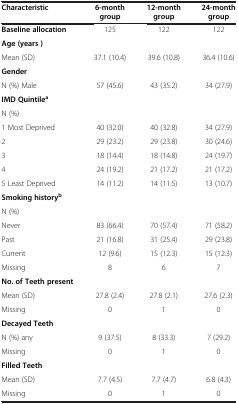
<table><thead><tr><td><b>Characteristic</b></td><td><b>6-month group</b></td><td><b>12-month group</b></td><td><b>24-month group</b></td></tr></thead><tbody><tr><td><b>Baseline allocation</b></td><td>125</td><td>122</td><td>122</td></tr><tr><td><b>Age (years )</b></td><td> </td><td> </td><td> </td></tr><tr><td>Mean (SD)</td><td>37.1 (10.4)</td><td>39.6 (10.8)</td><td>36.4 (10.6)</td></tr><tr><td><b>Gender</b></td><td> </td><td> </td><td> </td></tr><tr><td>N (%) Male</td><td>57 (45.6)</td><td>43 (35.2)</td><td>34 (27.9)</td></tr><tr><td><b>IMD Quintile</b><sup><b>a</b></sup></td><td> </td><td> </td><td> </td></tr><tr><td>N (%)</td><td> </td><td> </td><td> </td></tr><tr><td>1 Most Deprived</td><td>40 (32.0)</td><td>40 (32.8)</td><td>34 (27.9)</td></tr><tr><td>2</td><td>29 (23.2)</td><td>29 (23.8)</td><td>30 (24.6)</td></tr><tr><td>3</td><td>18 (14.4)</td><td>18 (14.8)</td><td>24 (19.7)</td></tr><tr><td>4</td><td>24 (19.2)</td><td>21 (17.2)</td><td>21 (17.2)</td></tr><tr><td>5 Least Deprived</td><td>14 (11.2)</td><td>14 (11.5)</td><td>13 (10.7)</td></tr><tr><td><b>Smoking history</b><sup><b>b</b></sup></td><td> </td><td> </td><td> </td></tr><tr><td>N (%)</td><td> </td><td> </td><td> </td></tr><tr><td>Never</td><td>83 (66.4)</td><td>70 (57.4)</td><td>71 (58.2)</td></tr><tr><td>Past</td><td>21 (16.8)</td><td>31 (25.4)</td><td>29 (23.8)</td></tr><tr><td>Current</td><td>12 (9.6)</td><td>15 (12.3)</td><td>15 (12.3)</td></tr><tr><td>Missing</td><td>8</td><td>6</td><td>7</td></tr><tr><td><b>No. of Teeth present</b></td><td> </td><td> </td><td> </td></tr><tr><td>Mean (SD)</td><td>27.8 (2.4)</td><td>27.8 (2.1)</td><td>27.6 (2.3)</td></tr><tr><td>Missing</td><td>0</td><td>1</td><td>0</td></tr><tr><td><b>Decayed Teeth</b></td><td> </td><td> </td><td> </td></tr><tr><td>N (%) any</td><td>9 (37.5)</td><td>8 (33.3)</td><td>7 (29.2)</td></tr><tr><td>Missing</td><td>0</td><td>1</td><td>0</td></tr><tr><td><b>Filled Teeth</b></td><td> </td><td> </td><td> </td></tr><tr><td>Mean (SD)</td><td>7.7 (4.5)</td><td>7.7 (4.7)</td><td>6.8 (4.3)</td></tr><tr><td>Missing</td><td>0</td><td>1</td><td>0</td></tr></tbody></table>